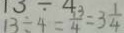
1 3 \div 4 = \frac { 1 3 } { 4 } = 3 \frac { 1 } { 4 }